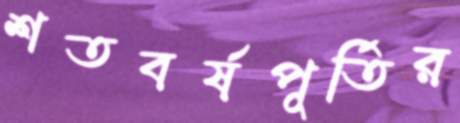
শতবর্ষপূর্তির